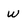
Character: w